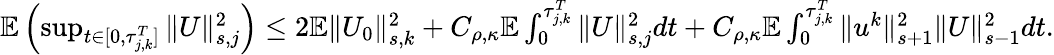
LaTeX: \begin{array}{r}{\mathbb E\left(\operatorname*{sup}_{t\in[0,\tau_{j,k}^{T}]}\| U\| _{s,j}^{2}\right)\leq 2\mathbb E\| U_{0}\| _{s,k}^{2}+C_{\rho,\kappa}\mathbb E\int_{0}^{\tau_{j,k}^{T}}\| U\| _{s,j}^{2}dt+C_{\rho,\kappa}\mathbb E\int_{0}^{\tau_{j,k}^{T}}\| u^{k}\| _{s+1}^{2}\| U\| _{s-1}^{2}dt.}\end{array}